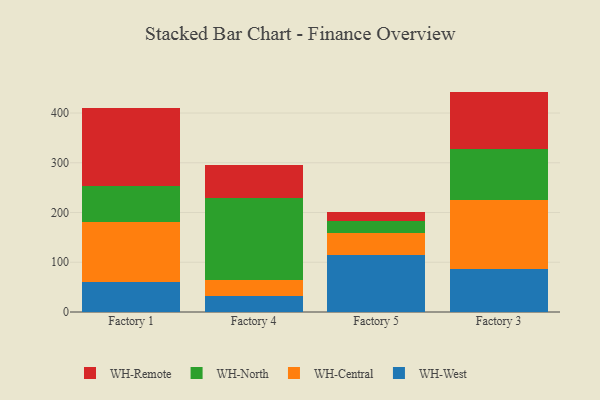
{"axis": {"x": "Factory", "y": "Production Output"}, "legend": ["WH-Central", "WH-North", "WH-Remote", "WH-West"], "data": [{"x": "Factory 1", "y": 61.2, "type": "WH-West"}, {"x": "Factory 1", "y": 119.5, "type": "WH-Central"}, {"x": "Factory 1", "y": 72.7, "type": "WH-North"}, {"x": "Factory 1", "y": 156.8, "type": "WH-Remote"}, {"x": "Factory 4", "y": 31.7, "type": "WH-West"}, {"x": "Factory 4", "y": 33.2, "type": "WH-Central"}, {"x": "Factory 4", "y": 164.1, "type": "WH-North"}, {"x": "Factory 4", "y": 66.6, "type": "WH-Remote"}, {"x": "Factory 5", "y": 115.5, "type": "WH-West"}, {"x": "Factory 5", "y": 44.3, "type": "WH-Central"}, {"x": "Factory 5", "y": 23.4, "type": "WH-North"}, {"x": "Factory 5", "y": 18.2, "type": "WH-Remote"}, {"x": "Factory 3", "y": 86.0, "type": "WH-West"}, {"x": "Factory 3", "y": 139.1, "type": "WH-Central"}, {"x": "Factory 3", "y": 102.7, "type": "WH-North"}, {"x": "Factory 3", "y": 115.3, "type": "WH-Remote"}]}